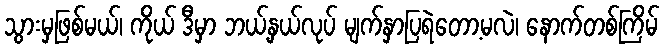
သွားမှဖြစ်မယ်၊ ကိုယ် ဒီမှာ ဘယ့်နှယ်လုပ် မျက်နှာပြရဲတော့မလဲ၊ နောက်တစ်ကြိမ်